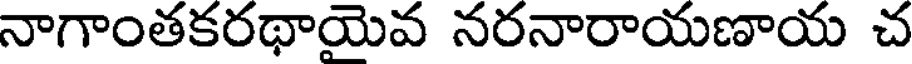
నాగాంతకరథాయైవ నరనారాయణాయ చ